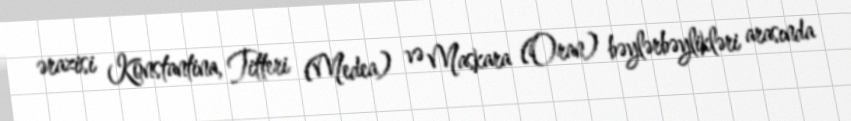
ərazisi Konstantina, Titteri (Medea) və Maskara (Oran) bəylərbəylikləri arasında